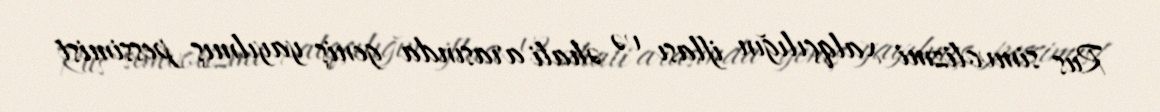
Rus simvolizmi xalqçılığın iflası və əhali arasında geniş yayılmış pessimist